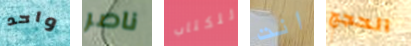
واحد ناصر للكتاب انت الحجج